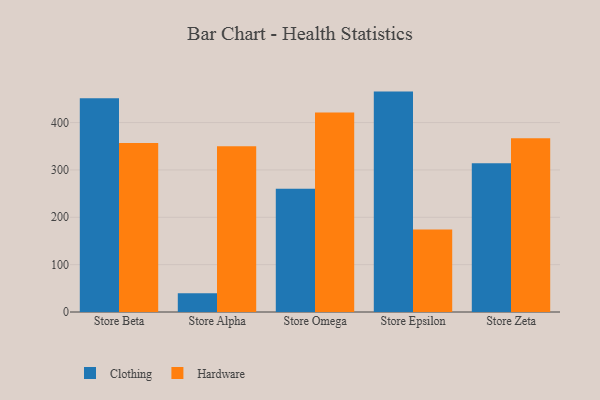
{"axis": {"x": "Store", "y": "Inventory Turnover"}, "legend": ["Clothing", "Hardware"], "data": [{"x": "Store Beta", "y": 451.2, "type": "Clothing"}, {"x": "Store Beta", "y": 356.9, "type": "Hardware"}, {"x": "Store Alpha", "y": 39.5, "type": "Clothing"}, {"x": "Store Alpha", "y": 349.9, "type": "Hardware"}, {"x": "Store Omega", "y": 260.2, "type": "Clothing"}, {"x": "Store Omega", "y": 421.2, "type": "Hardware"}, {"x": "Store Epsilon", "y": 465.4, "type": "Clothing"}, {"x": "Store Epsilon", "y": 174.0, "type": "Hardware"}, {"x": "Store Zeta", "y": 314.3, "type": "Clothing"}, {"x": "Store Zeta", "y": 366.8, "type": "Hardware"}]}